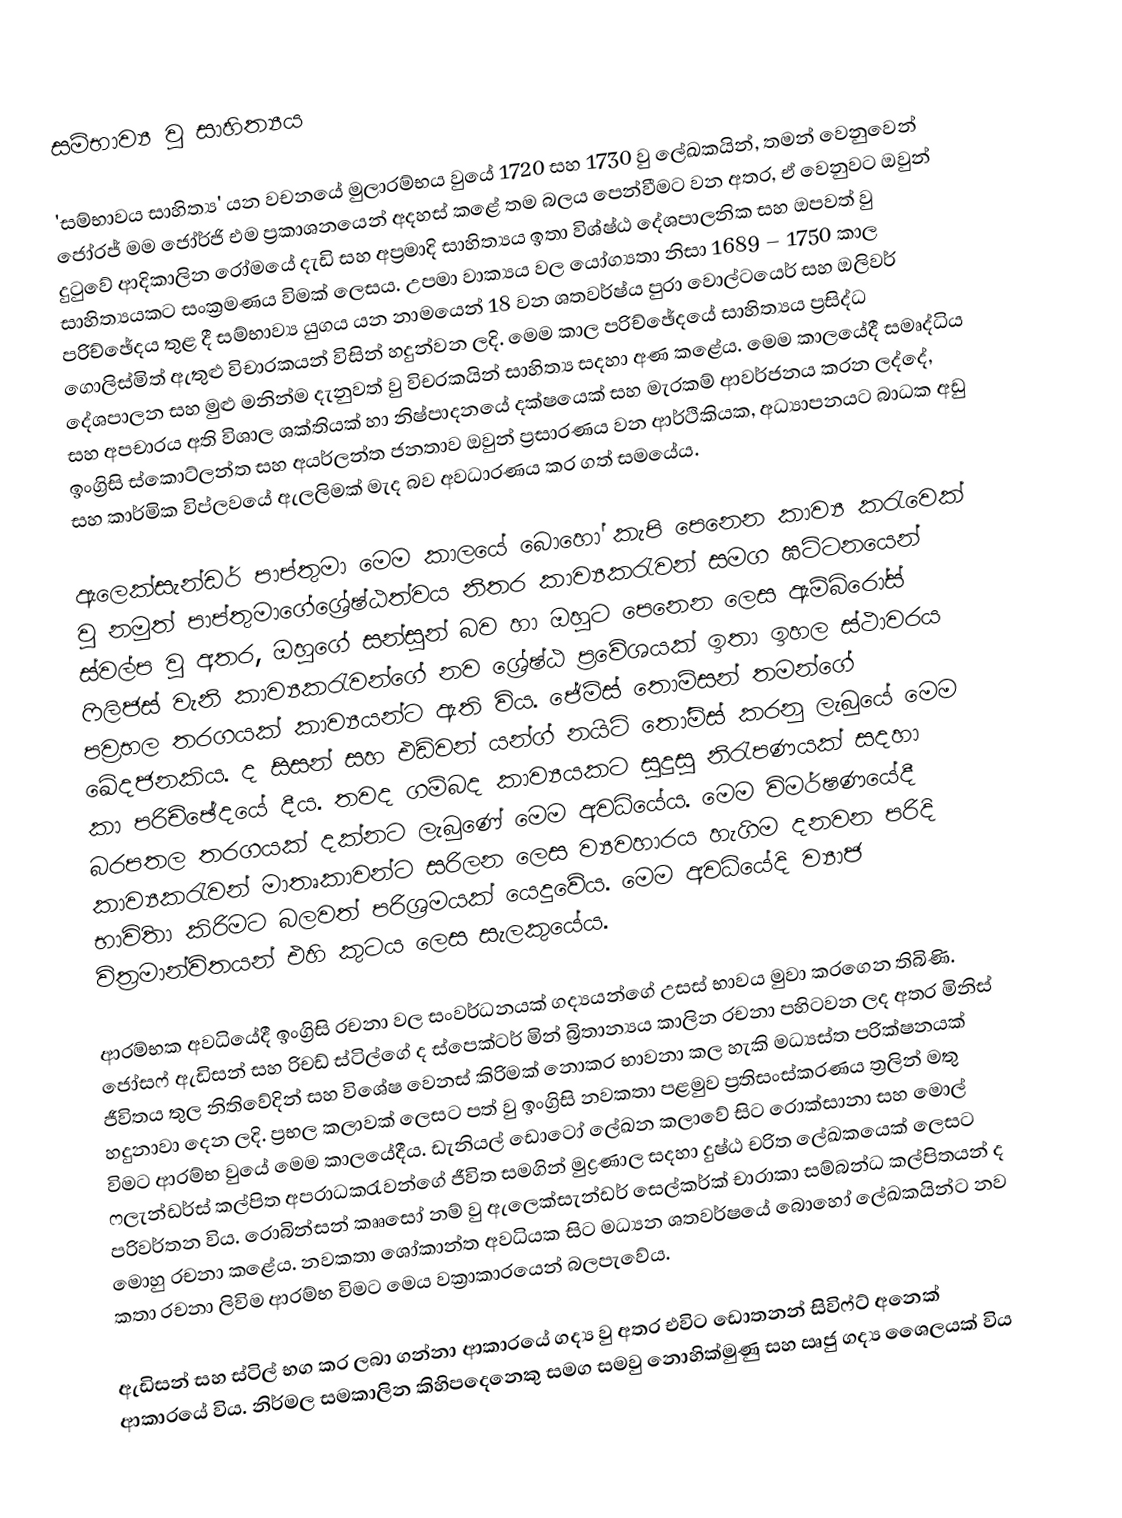
සම්භාව්‍ය වු සාහිත්‍යය

	'සම්භාවය සාහිත්‍ය' යන වචනයේ මුලාරම්භය වුයේ 1720 සහ 1730 වු ලේඛකයින්, තමන් වෙනුවෙන් ජෝරජ් මම ජෝර්ජි එම ප්‍රකාශනයෙන් අදහස් කළේ තම බලය පෙන්වීමට වන අතර, ඒ වෙනුවට ඔවුන් දුටුවේ ආදිකාලින රෝමයේ දැඩි සහ අප්‍රමාදි සාහිත්‍යය ඉතා විශ්ෂ්ඨ දේශපාලනික සහ ඔපවත් වු සාහිත්‍යයකට සංක්‍රමණය විමක් ලෙසය. උපමා වාක්‍යය වල යෝග්‍යතා නිසා 1689 – 1750 කාල පරිච්ඡේදය තුළ දී සම්භාව්‍ය යුගය යන නාමයෙන් 18 වන ශතවර්ෂ්ය පුරා වොල්ටයෙර් සහ ඔලිවර් ගොලිස්මිත් ඇතුළු විචාරකයන් විසින් හදුන්වන ලදි. මෙම කාල පරිච්ඡේදයේ සාහිත්‍යය ප්‍රසිද්ධ දේශපාලන සහ මුළු මනින්ම දැනුවත් වු විචරකයින් සාහිත්‍ය සදහා අණ කළේය. මෙම කාලයේදී සමෘද්ධිය සහ අපචාරය අති විශාල ශක්තියක් හා නිෂ්පාදනයේ දක්ෂයෙක් සහ මැරකම් ආවර්ජනය කරන ලද්දේ, ඉංග්‍රිසි ස්කොට්ලන්ත සහ අයර්ලන්ත ජනතාව ඔවුන් ප්‍රසාරණය වන ආර්ථිකියක, අධ්‍යාපනයට බාධක අඩු සහ කාර්මික විප්ලවයේ ඇලලිමක් මැද බව අවධාරණය කර ගත් සමයේය.

	ඇලෙක්සැන්ඩර් පාප්තුමා මෙම කාලයේ බොහෝ කැපි පෙනෙන කාව්‍ය කරැවෙක් වු නමුත් පාප්තුමාගේශ්‍රේෂ්ඨත්වය නිතර කාව්‍යකරැවන් සමග ඝට්ටනයෙන් ස්වල්ප වු අතර, ඔහු‍ගේ සන්සුන් බව හා ඔහුට පෙනෙන ලෙස ඇම්බිරෝස් ෆිලිජස් වැනි කාව්‍යකරැවන්ගේ නව‍ ශ්‍රේෂ්ඨ  ප්‍රවේශයක් ඉතා ඉහල ස්ථාවරය පව්‍රභල තරගයක් කාව්‍යයන්ට ඇති විය. ජේම්ස් තොම්සන්  තමන්ගේ ඛේදජනකිය. ද සිසන් සහ එඩ්වන් යන්ග් නයි‍ට් තෝම්ස් කරනු ලැබුයේ මෙම කා පරිච්ඡේදයේ දීය. තවද ගම්බද කාව්‍යයකට සුදුසු නිරැපණයක් සදහා බරපතල තරගයක් දක්නට ලැබුණේ මෙම අවධියේය. මෙම විමර්ෂණයේදී කාව්‍යකරැවන් මාතෘකාවන්ට සරිලන ලෙස ව්‍යවහාරය හැගිම දනවන පරිදි භාවිිතා කිරිමට‍ බලවත් පරිශ්‍රමයක් යෙදුවේය. මෙම අවධියේදි ව්‍යාජ විත්‍රමාන්විතයන් එහි කුටය ලෙස සැලකුයේය.

	ආරම්භක අවධියේදී ඉංග්‍රිසි රචනා වල සංවර්ධනයක් ගද්‍යයන්ගේ උසස් භාවය මුවා කරගෙන තිබිණි. ජෝසෆ් ඇඩිසන් සහ රිචඩ් ස්ටිල්ගේ ද ස්පෙක්ටර් මින් බ්‍රිතාන්‍ය‍ය කාලින රචනා පහිටවන ලද අතර මිනිස් ජීවිතය තුල නිතිවේදින් සහ විශේෂ වෙනස් කිරිමක් නොකර භාවනා කල හැකි මධ්‍යස්ත පරික්ෂනයක් හදුනා‍වා දෙන ලදි. ප්‍රභල කලාවක් ලෙසට පත් වු ඉංග්‍රිසි නවකතා පළමුව ප්‍රතිසංස්කරණය ත්‍රලින් මතු විමට ආරම්භ වුයේ මෙම කාලයේදීය. ඩැනියල් ඩොටෝ ලේඛන කලාවේ සිට  ‍රොක්සානා සහ මොල් ෆලැන්ඩර්ස් කල්පිත අපරාධකරැවන්ගේ ජීවිත සමගින් මුද්‍රණාල සදහා දුෂ්ඨ චරිත ලේඛකයෙක් ලෙසට පරිවර්තන විය. රොබින්සන් කෲසෝ නම් වු ඇලෙක්සැන්ඩර් සෙල්කර්ක් චාරාකා සම්බන්ධ කල්පිතයන් ද මොහු රචනා කළේය. නවකතා ශෝකාන්ත අවධියක සිට මධ්‍යන ශතවර්ෂයේ බොහෝ ලේඛකයින්ට නව කතා රචනා ලිවිම ආරම්භ විමට මෙය වක්‍රාකාරයෙන් බලපැ‍වේය.

	ඇඩිසන් සහ ස්ටිල් භග කර ලබා ගන්නා ආකාරයේ ගද්‍ය වු අතර එවිට‍ ඩොතනන් සිවිෆ්ට් අනෙක් ආකාරයේ විය. නිර්මල සමකාලින කිහිපදෙනෙකු සමග සමවු නොහික්මුණු සහ ඍජු  ගද්‍ය ශෛලයක් විය